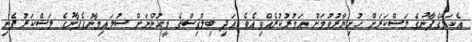
އެކަލޭގެފާނުގެ ލަޝްކަރަށް ހުށިޔާރުވުމަށް އަމުރުކުރެއްވިއެވެ. އަދި ބިލްޤިސްގެ މީހުންނަށް ސުލައިމާނުގެފާނުގެ ލަޝްކަރު ފެނި